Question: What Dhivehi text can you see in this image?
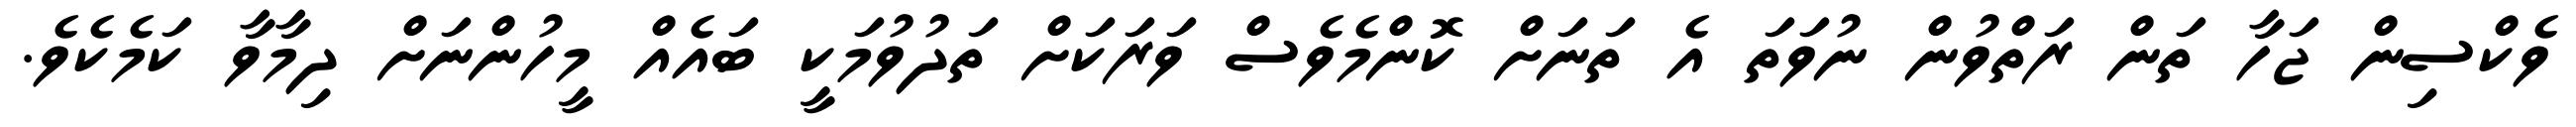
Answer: ވެކްސިން ޖަހާ ތަން ރަތްވުން ނުވަތަ އެ ތަނަށް ކޮންމެވެސް ވަރަކަށް ތަދުވުމަކީ ބައެއް މީހުންނަށް ދިމާވާ ކަމެކެވެ.